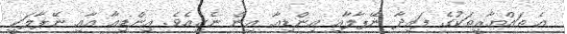
އެ ތައްޔާރީތަކުގެ ފައިދާ ނޭޕާލާއި އިންޑިއާ އިން ނެގިއެވެ. އިންޑިއާ އާއި ނޭޕާލަކީ